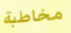
مخاطبة